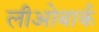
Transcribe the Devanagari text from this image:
लीओबार्क